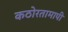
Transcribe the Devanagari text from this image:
कठोरतामापी